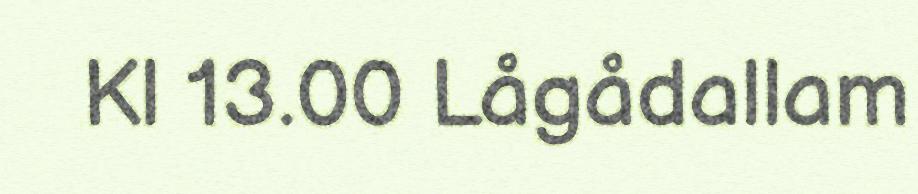
Kl 13.00 Lågådallam